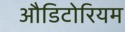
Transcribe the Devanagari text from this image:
औडिटोरियम